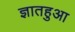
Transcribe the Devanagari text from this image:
ज्ञातहुआ